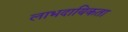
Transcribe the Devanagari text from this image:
लाभदायिकता